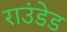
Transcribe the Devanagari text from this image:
राउंडेड